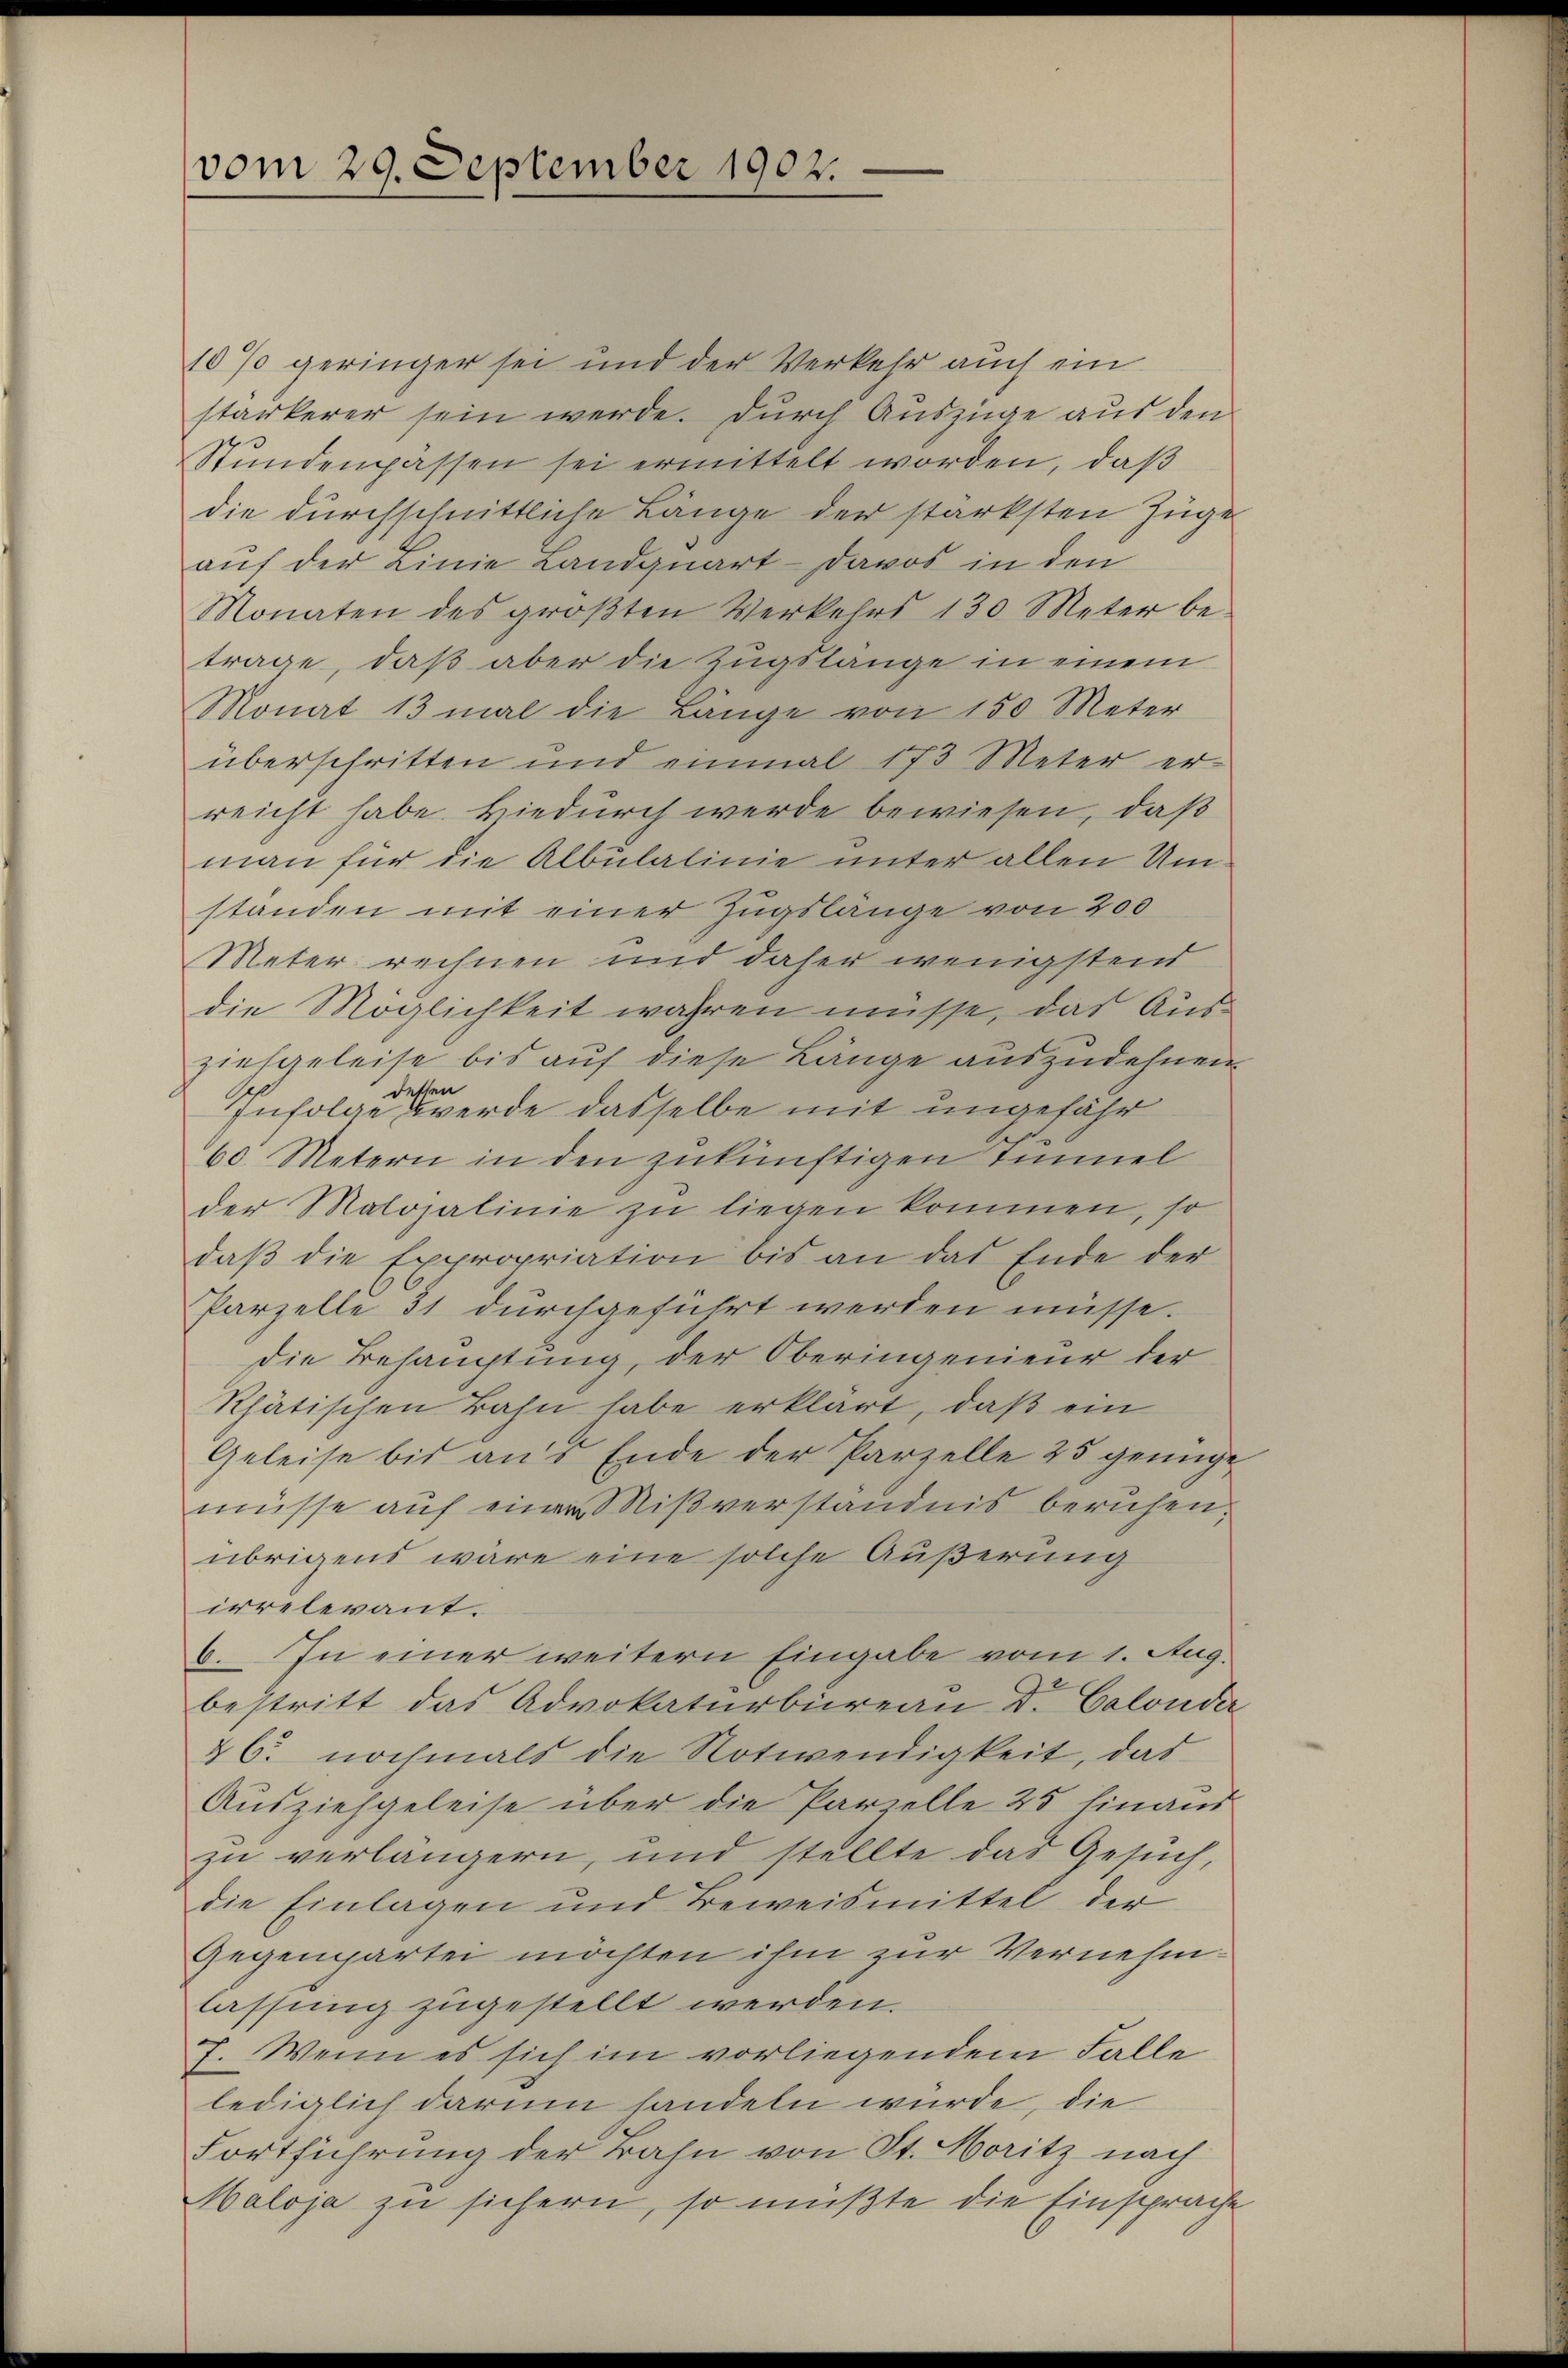
vom 29. September 1902.

10% geringer sei und der Verkehr auch ein
stärkerer sein werde. Durch Auszüge aus den
Stŭndenpassen sei ermittelt worden, daß
die durchschnittliche Länge der stärksten Zuge
auf der einie Landquart - Davos in den
Monaten des groβten Verkehrs 130 Meter be-
trage, daß aber die Zugslange in einem
Monat 13 mal die Länge von 150 Meter
überschritten und einmal 173 Meter er-
reicht habe. Hiedurch werde bewiesen, daß
man für die Albulalinie unter allen Umständen mit einer Zugslange von 200
Meter rechnen und daher wenigstens
die Möglichkeit wahren müsse, das Ausziehgeleise bis auf diese Länge auszudehnen.
dessen
Infolge werde dasselbe mit ungefähr
60 Metern in den zukünftigen Tunnel
der Malojalinie zu liegen kommen, so
daß die Expropriation bis an das Ende der
Parzelle 31 durchgeführt werden müsse.
die Behauptung, der Oberingenieur der
Rhätischen Bahn habe erklärt, daß ein
Geleise bis aus Ende der Parzelle 25 genüge
müsse auf einer Mißverständnis beruhen.
übrigens wäre eine solche Äußerung
irrelevant.
6. In einer weitern Eingabe vom 1. Aug.
bestritt das Advokaturbüreau Dr. Calonder
& 6. nochmals die Notwendigkeit, das
Ausziehgeleise über die Parielle 25 hinaus
zu verlängern, und stellte das Gesuch,
die Einlagen und Beweismittel der
Gegenparten möchten ihm zur Vernehmlassung zugestellt werden.
7. Wenn es sich im vorliegendem Falle
lediglich darum handeln würde, die
Fortführung der Bahn von St. Moritz nach
Maloja zu sichern, so müßte die Einsprache